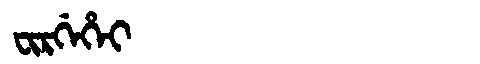
Manchu: ᠸᡳᡵᡤᡝᡥᡝᡳ
Romanization: FIRGEHEI